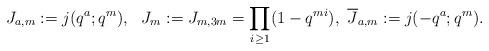
LaTeX: \begin{gather*}J_{a,m}:=j(q^a;q^m), \ \ J_m:=J_{m,3m}=\prod_{i\ge 1}(1-q^{mi}), \ {}\overline{J}_{a,m}:=j(-q^a;q^m).\end{gather*}